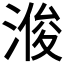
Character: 𪶠